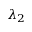
\lambda _ { 2 }